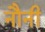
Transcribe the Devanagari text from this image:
नौनी